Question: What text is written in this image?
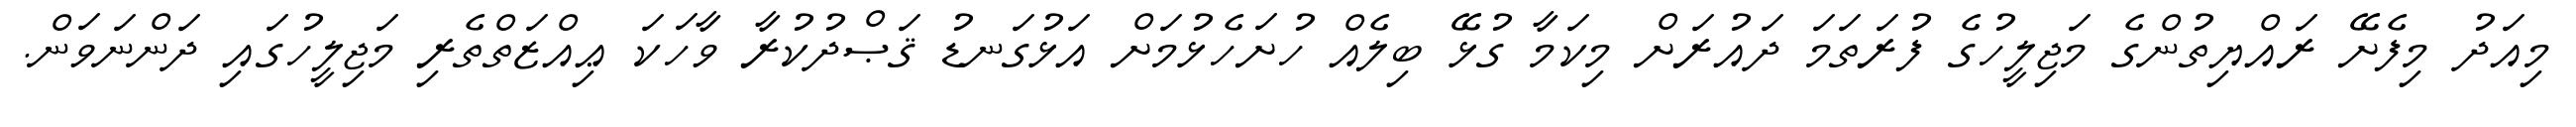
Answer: މިއަދު މިފެށޭ ރައްޔިތުންގެ މަޖިލީހުގެ ފުރަތަމަ ދައުރަށް މިކަމާ ގުޅޭ ބިލެއް ހުށަހެޅުމަށް އަޅުގަނޑު ޤަޞްދުކުރާ ވާހަކަ ޢިއްޒަތްތެރި މަޖިލީހުގައި ދަންނަވަން.